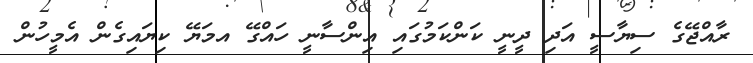
ރާއްޖޭގެ ސިޔާސީ އަދި ދީނީ ކަންކަމުގައި އިންސާނީ ހައްގޭ އމަޔޭ ކިޔައިގެން އެމީހުން